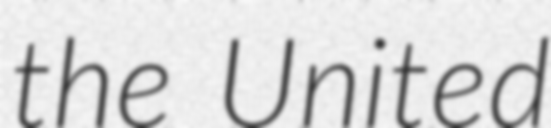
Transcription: the United